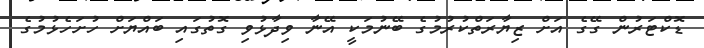
ޑޮކްޓަރުން ގޭގެ އަށް ޒިޔާރަތްކުރުމުގެ ބޭނުމަކީ އޭނާ ވިދާޅުވި ގޮތުގައި ބައްޔަށް ހުށަހެޅުމުގެ